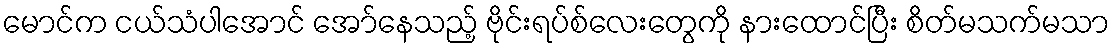
မောင်က ငယ်သံပါအောင် အော်နေသည့် ဗိုင်းရပ်စ်လေးတွေကို နားထောင်ပြီး စိတ်မသက်မသာ